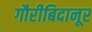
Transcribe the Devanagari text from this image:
गौरीबिदानूर